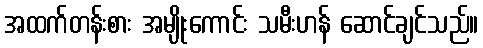
အထက်တန်းစား အမျိုးကောင်း သမီးဟန် ဆောင်ချင်သည်။